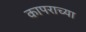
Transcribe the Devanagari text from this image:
कापराच्या